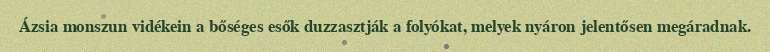
Ázsia monszun vidékein a bőséges esők duzzasztják a folyókat, melyek nyáron jelentősen megáradnak.